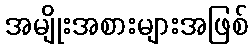
အမျိုးအစားများအဖြစ်